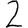
Digit: 2